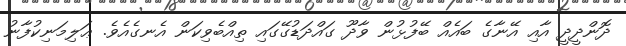
ދޮންދީދީ އާއި އޭނާގެ ބައެއް ބޭފުޅުން ވާދޫ ގައްދަޑުގޭގައި ތިއްބެވިކަން އެނގެއެވެ. ޢަލިމަނިކުފާނު